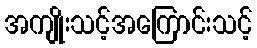
အကျိုးသင့်အကြောင်းသင့်